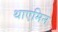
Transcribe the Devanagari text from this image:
थाएमिन